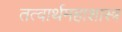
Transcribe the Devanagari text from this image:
तत्वार्थमहाशास्त्र